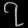
Digit: ၇